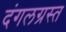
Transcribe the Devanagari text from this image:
दंगलग्रस्त